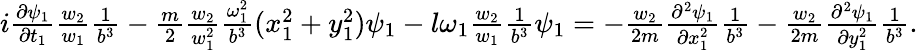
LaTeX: \begin{array}{r}{i\frac{\partial\psi_{1}}{\partial t_{1}}\frac{w_{2}}{w_{1}}\frac{1}{b^{3}}-\frac{m}{2}\frac{w_{2}}{w_{1}^{2}}\frac{\omega_{1}^{2}}{b^{3}}(x_{1}^{2}+y_{1}^{2})\psi_{1}-l\omega_{1}\frac{w_{2}}{w_{1}}\frac{1}{b^{3}}\psi_{1}=-\frac{w_{2}}{2m}\frac{\partial^{2}\psi_{1}}{\partial x_{1}^{2}}\frac{1}{b^{3}}-\frac{w_{2}}{2m}\frac{\partial^{2}\psi_{1}}{\partial y_{1}^{2}}\frac{1}{b^{3}}.}\end{array}